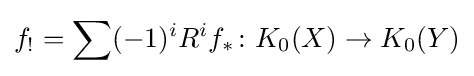
f_{!}=\sum (-1)^{i}R^{i}f_{*}\colon K_{0}(X)\to K_{0}(Y)